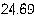
24.69